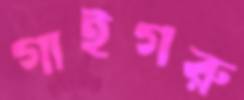
গাইগরু